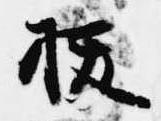
抜